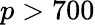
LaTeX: p>700